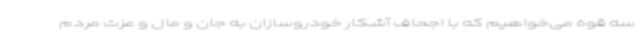
سه قوه می‌خواهیم که با اجحاف آشکار خودروسازان به جان و مال و عزت مردم